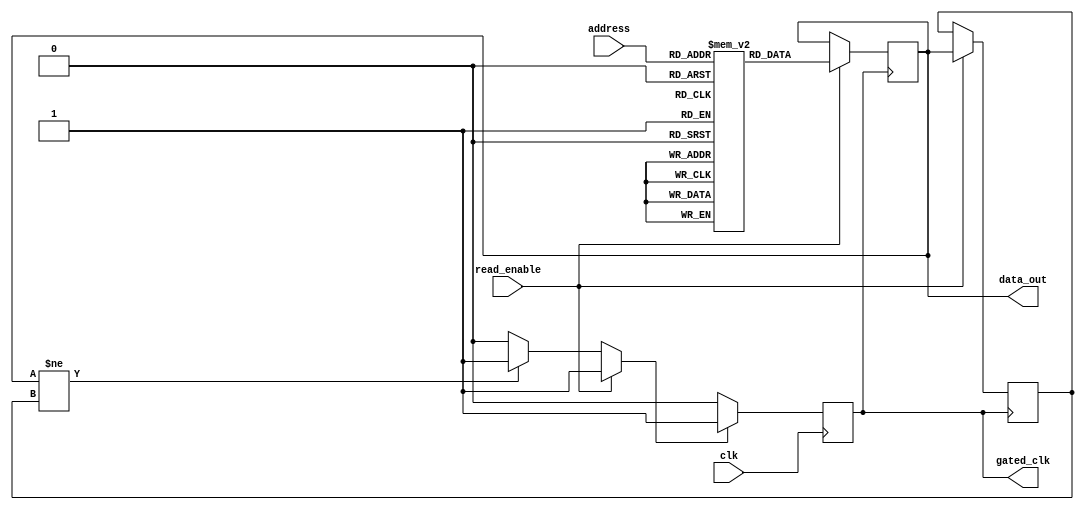
module MemoryBlock (
    input wire clk,               // Original clock signal
    input wire read_enable,       // Read enable signal
    input wire [7:0] address,     // Memory address for read operations
    output reg [15:0] data_out,   // Data output from memory
    output reg gated_clk          // Gated clock signal
);

// Memory array declaration (example size, can be adjusted)
reg [15:0] memory [0:255];      // 256 words of 16-bit memory
reg [15:0] prev_data_out;       // Register to hold previous output data
wire clock_enable;               // Signal to enable the clock

// Clock gating logic
always @(*) begin
    // Gated clock logic: enable when read_enable is high or data_out changes
    if (read_enable) begin
        clock_enable = 1'b1; // Always enable clock during read
    end else if (data_out != prev_data_out) begin
        clock_enable = 1'b1; // Enable clock if data changes
    end else begin
        clock_enable = 1'b0; // Disable clock if idle
    end
end

// Gated clock generation
always @(posedge clk) begin
    if (clock_enable) begin
        gated_clk <= 1'b1; // Pass original clock when enabled
    end else begin
        gated_clk <= 1'b0; // Disable clock
    end
end

// Memory read operation
always @(posedge gated_clk) begin
    if (read_enable) begin
        data_out <= memory[address]; // Read data from memory
        prev_data_out <= data_out;   // Store previous output data
    end
end

// Optional: Initialize memory for simulation purposes
initial begin
    // Initialize memory with some values if necessary
    memory[0] = 16'hAAAA;
    memory[1] = 16'h5555;
    // ... initialize other memory cells as needed
end

endmodule